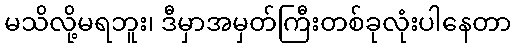
မသိလို့မရဘူး၊ ဒီမှာအမှတ်ကြီးတစ်ခုလုံးပါနေတာ